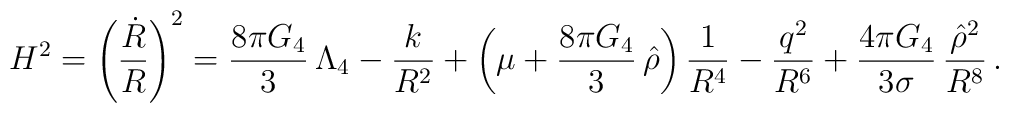
H^2=\left(\frac{\dot{R}}{R}\right)^2=\frac{8\pi G_4}{3}\,\Lambda_4-\frac{k}{R^2}+ \left(\mu+\frac{8\pi G_4}{3}\,\hat{\rho}\right)\frac{1}{R^4}-\frac{q^2}{R^6}+\frac{4\pi G_4}{3\sigma}\,\frac{\hat{\rho}^2}{R^8}\,.